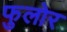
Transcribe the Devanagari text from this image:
फुलोर